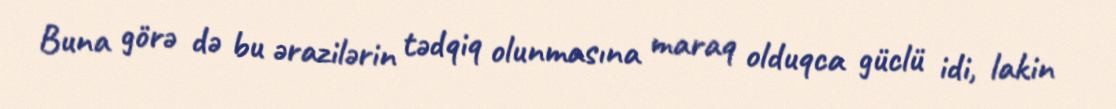
Buna görə də bu ərazilərin tədqiq olunmasına maraq olduqca güclü idi, lakin